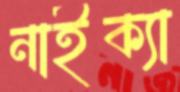
নাইক্যা